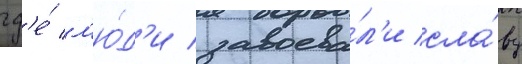
гд'е́ л'ю́д'и завоева́л'и сла́ву